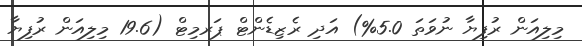
މިލިއަން ރުފިޔާ ނުވަތަ 5.0%) އަދި ރެޒިޑެންޓް ޕަރމިޓް (19.6 މިލިއަން ރުފިޔާ